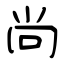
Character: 尚